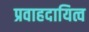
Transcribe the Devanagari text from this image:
प्रवाहदायित्व